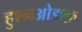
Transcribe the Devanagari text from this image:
हुश्नओइश्क़